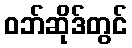
ဝဘ်ဆိုဒ်တွင်